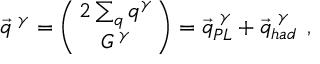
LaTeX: \vec { q } ^ { \, \, \gamma } = \left( \! \! \begin{array} { c } { { 2 \sum _ { q } q ^ { \gamma } } } \\ { { G ^ { \, \gamma } } } \end{array} \! \! \right) = \vec { q } _ { P L } ^ { \, \, \gamma } + \vec { q } _ { h a d } ^ { \, \, \gamma } \: \: ,